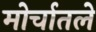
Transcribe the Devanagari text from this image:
मोर्चातले